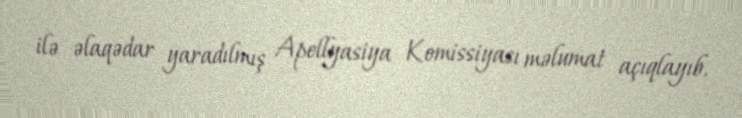
ilə əlaqədar yaradılmış Apellyasiya Komissiyası məlumat açıqlayıb.